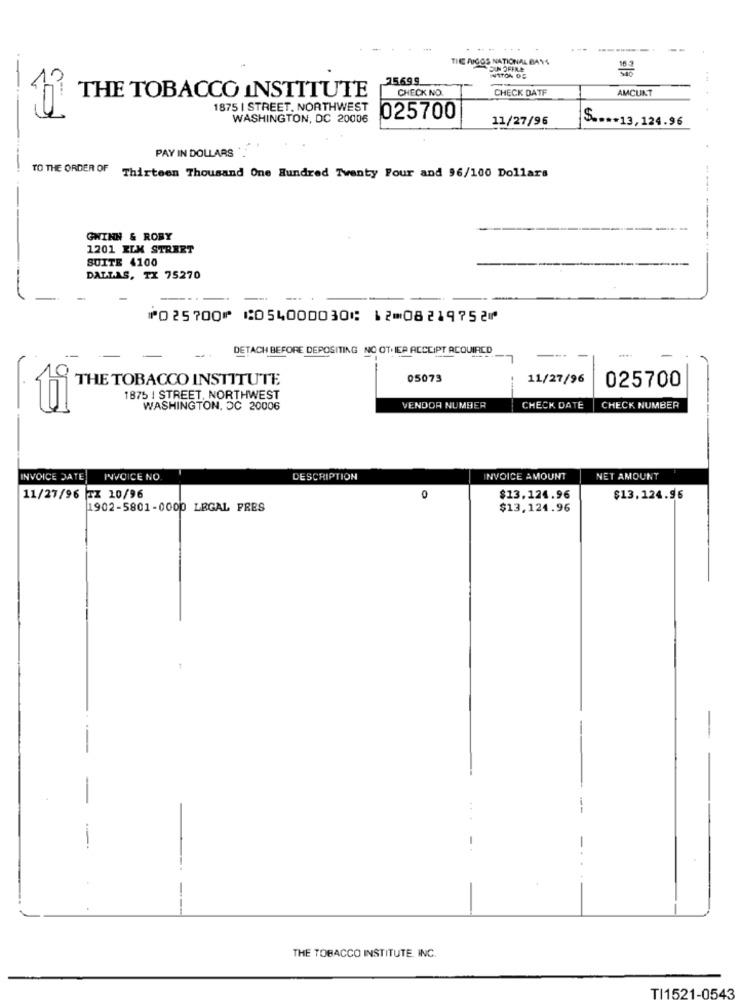
THE FUGOS NATIONAL BAY4
.-
25.69.9
NTTON OS
CHECK NO.
CHECK DATF
AMCUNT
THE TOBACCO INSTITUTE
1875 | STREET. NORTHWEST
WASHINGTON, DC 20006
025700
11/27/96
S ...- 13,124.96
PAY IN DOLLARS
TO THE ORDER OF
Thirteen Thousand One Hundred Twenty Four and 96/100 Dollars
GWINN & ROBY
1201 ELM STREET
SUITE 4100
DALLAS, TX 75270
⑈025700⑈ ⑆054000030⑆ 12⑉08219752⑈
DETACH BEFORE DEPOSITING NO OT.IEP ACCLIPT ACQUIRED
THE TOBACCO INSTITUTE
05073
11/27/96
025700
1875 | STREET, NORTHWEST
WASHINGTON, DC 20006
VENDOR NUMBER
CHECK DATE
CHECK NUMBER
INVOICE DATE
INVOICE NO
DESCRIPTION
INVOICE AMOUNT
NET AMOUNT
11/27/96 TZ 10/96
$13.124.96
$13.124.96
1902-5801-0000 LEGAL PRES
$13,124.96
-
THE TOBACCO INSTITUTE, INC.
TI1521-0543